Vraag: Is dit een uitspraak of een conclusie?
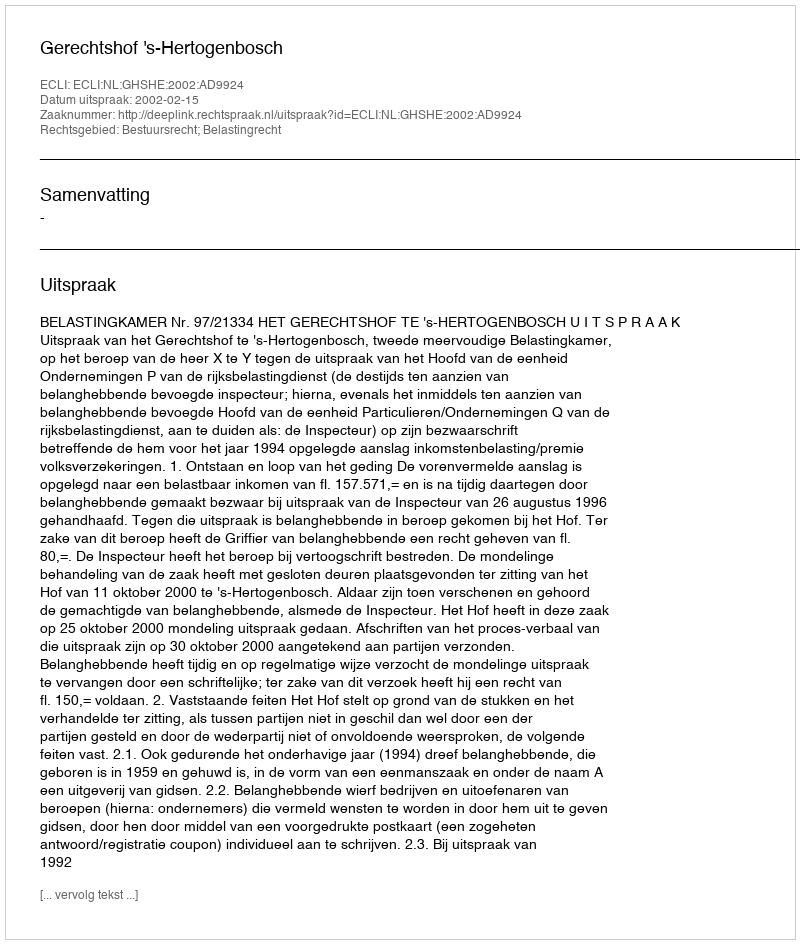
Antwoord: Uitspraak